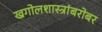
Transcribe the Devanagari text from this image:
खगोलशास्त्रांबरोबर